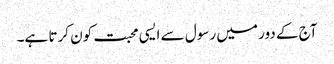
آج کے دور میں رسول سے ایسی محبت کون کرتا ہے۔